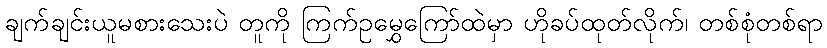
ချက်ချင်းယူမစားသေးပဲ တူကို ကြက်ဥမွှေကြော်ထဲမှာ ဟိုခပ်ထုတ်လိုက်၊ တစ်စုံတစ်ရာ